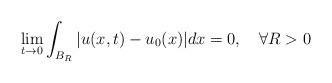
LaTeX: \begin{align*}\lim_{t\to0} \int_{B_R} |u(x,t)-u_0(x)|dx=0,\quad\forall R>0\end{align*}